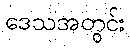
ဒေသအတွင်း